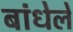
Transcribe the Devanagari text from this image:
बांधेले